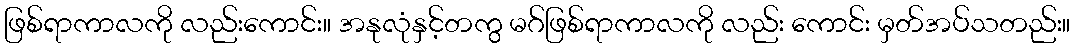
ဖြစ်ရာကာလကို လည်းကောင်း။ အနုလုံနှင့်တကွ မဂ်ဖြစ်ရာကာလကို လည်း ကောင်း မှတ်အပ်သတည်း။